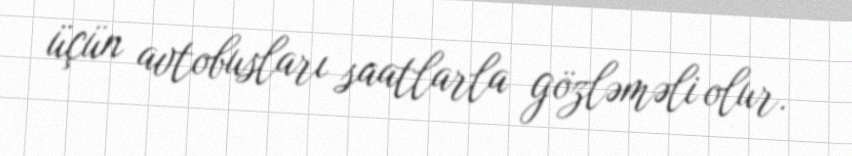
üçün avtobusları saatlarla gözləməli olur.